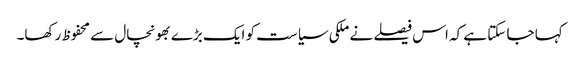
کہا جا سکتا ہے کہ اس فیصلے نے ملکی سیاست کو ایک بڑے بھونچال سے محفوظ رکھا۔